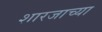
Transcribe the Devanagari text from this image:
शारजाच्या